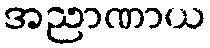
အညာဏာယ